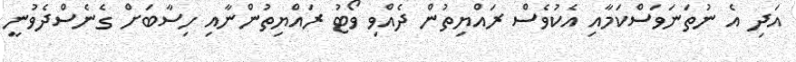
އަދި އެ ނުތަނަވަސްކަމާއި އެކުވެސް ރައްޔިތުން ދެއްވި ވޯޓު ރައްޔިތުންނާއި ހިސާބަށް ގެނެސްދެވުނީ